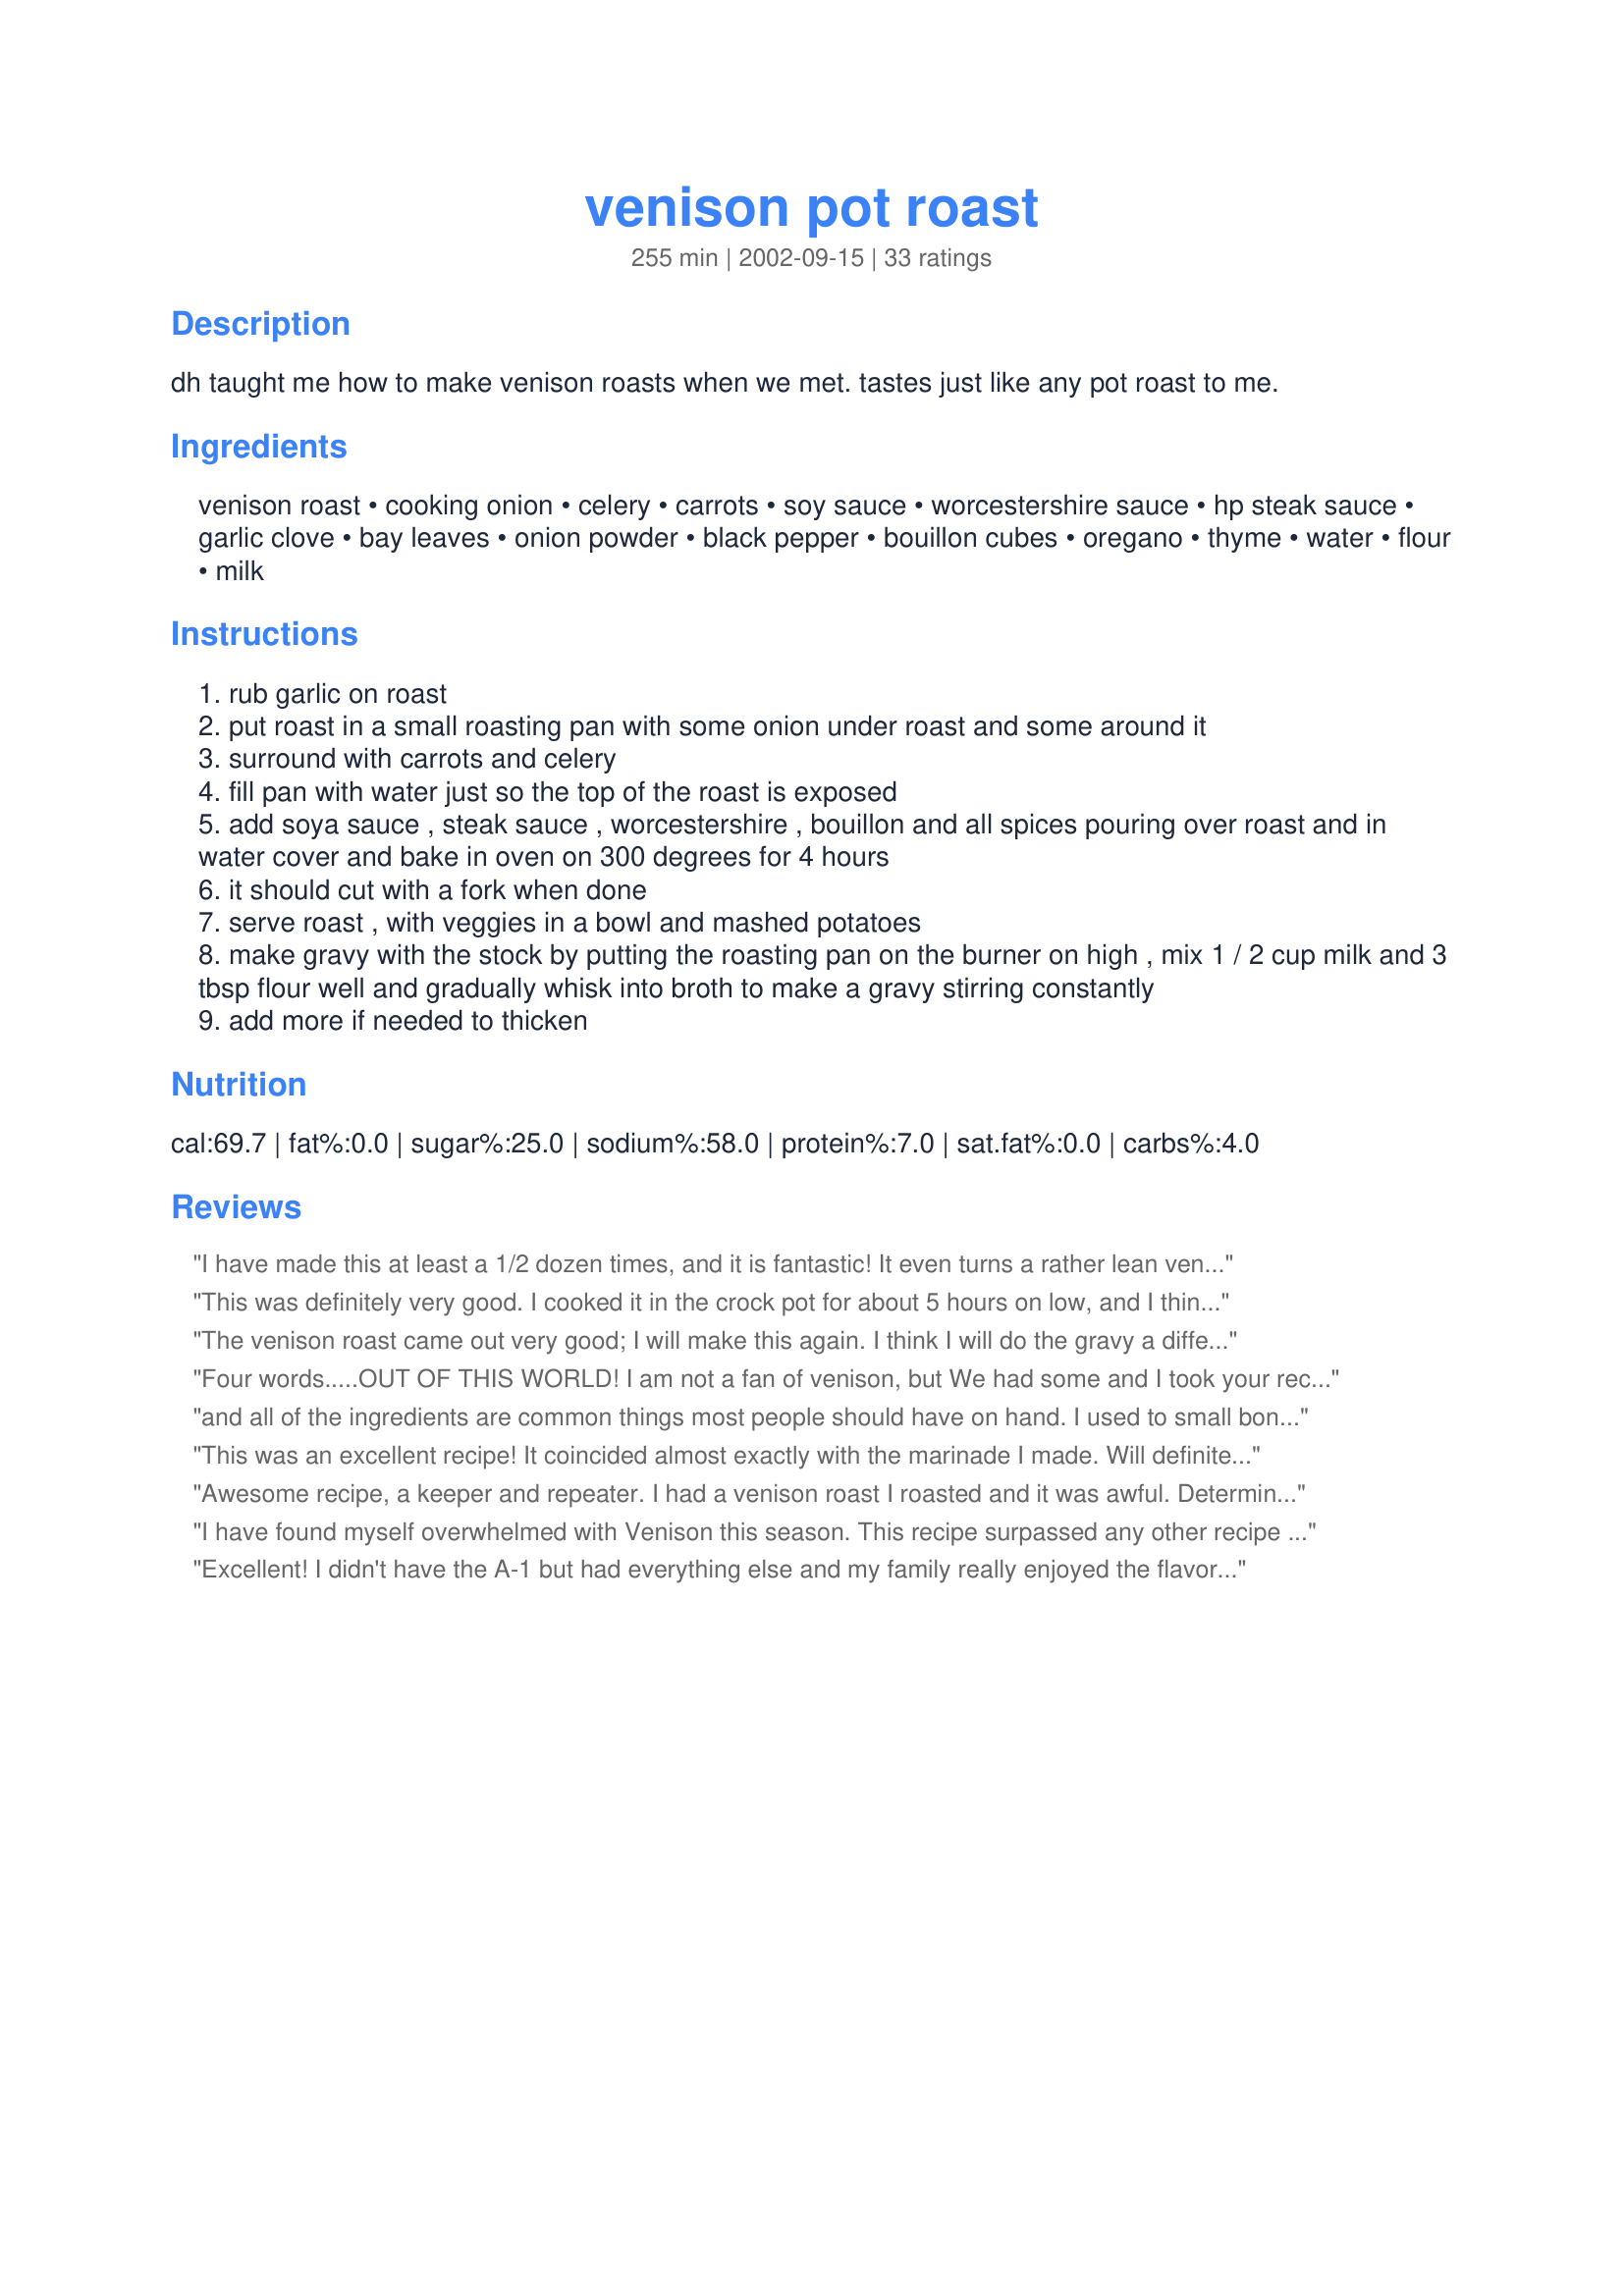
venison pot roast
Preparation time: 255 minutes

dh taught me how to make venison roasts when we met. tastes just like any pot roast to me.

Ingredients:
venison roast, cooking onion, celery, carrots, soy sauce, worcestershire sauce, hp steak sauce, garlic clove, bay leaves, onion powder, black pepper, bouillon cubes, oregano, thyme, water, flour, milk

Steps:
rub garlic on roast
put roast in a small roasting pan with some onion under roast and some around it
surround with carrots and celery
fill pan with water just so the top of the roast is exposed
add soya sauce , steak sauce , worcestershire , bouillon and all spices pouring over roast and in water cover and bake in oven on 300 degrees for 4 hours
it should cut with a fork when done
serve roast , with veggies in a bowl and mashed potatoes
make gravy with the stock by putting the roasting pan on the burner on high , mix 1 / 2 cup milk and 3 tbsp flour well and gradually whisk into broth to make a gravy stirring constantly
add more if needed to thicken

Reviews:
I have made this at least a 1/2 dozen times, and it is fantastic! It even turns a rather lean venison shoulder into a tender masterpiece. I usually put in large chunks of potatoes and a whole bag of baby carrots so that it is one pot meal. Thank you!!
This was definitely very good. I cooked it in the crock pot for about 5 hours on low, and I think that even less time would have been better. The gravy was very tasty also, although I ended up with a lot of broth, so I doubled the amount of milk and flour. Overall, just a great flavor.
The venison roast came out very good; I will make this again. I think I will do the gravy a different way next time though because I wasn't just crazy about the gravy. Very good though!


Four words.....OUT OF THIS WORLD! I am not a fan of venison, but We had some and I took your recipe and made it to the "T". The gravy was fantastic! All around just a wonderful dish. Thank you for sharing!!
and all of the ingredients are common things most people should have on hand. I used to small bone-in roasts instead of one. I followed the recipe almost exactly except I covered the meat only halfway instead of nearly all the way as instructed. It probably took me about 6 tablespoons of flour to get the gravy thick instead of one fourth cup. I served it with mashed potatoes and it was yummy!
This was an excellent recipe! It coincided almost exactly with the marinade I made. Will definitely use this again. Thanks!
Awesome recipe, a keeper and repeater. I had a venison roast I roasted and it was awful. Determined to save it I found this and wow! what a find. I made it gluten free using gluten free flour for the gravy and added extra carrots as suggested. My husband even said the celery was good and to add more next time. I didn't change a thing. I liked it even more as left overs for my dinner at work, my co workers all came to see what I was eating when I heated it up. I cooked mine in the crock pot on high, it took a long time but I just kept cooking it until it pulled apart easily. We made Bisquick gluten free biscuits to go along with it. Thanks for the save.
I have found myself overwhelmed with Venison this season. This recipe surpassed any other recipe I've tried. I used an entire shoulder and skipped the celery (family isn't a fan). The roast cooks tender enough that only a fork is needed!I made it for the family and couple of friends and I think half was eaten before it hit the table. No leftovers on this one!
Excellent! I didn't have the A-1 but had everything else and my family really enjoyed the flavor the juices imparted on the carrots and potatoes. Even my non carrot eating kids ate them all! We will be making this again. Oh and my husband made a gravy with the juices, some flour and milk and there was not a drop of that left either, lol.
OMGosh!!! I was again worried that I would mess it up but my partner said it was the BEST venison roast he has ever tasted, yippee. Thanks for the help!
Excellent Roast! Wonderful Flavor, and the gravy from the stock was terrific!
This venious roast came out very delicious. My family was yummmm thru this meal. Served it with garlic mash potatoes and warm rolls.Yes it's worth cooking again.
This recipe is phenomenal - my DH has just started hunting again and I have been struggling to find recipes (no one hunted in my family when I was little, and so had no experience). The whole family (including a picky 9 year old) gobbled it up. I also forwarded this to a friend of ours whose family considers venison to be a staple food - and he was amazed at how perfect it was. I followed the recipe exactly and wouldn't change a thing! It was simple to make, and the meat was mild yet flavourful. Great recipe!
Very good! This was a big hit at my house (venison always is!). The next night I made "pulled deer" with the leftovers. Worked out great.
This was great! (And that's from someone who usually avoids pot roast!) Lovely flavors; the A1 is a key flavor. Not wanting to deviate too much from how dh is accustomed to eating pot roast, I added potatoes, cut in 2 inch chunks. Also skipped making the gravy, as the au jus was wonderful. We didn't eat the celery or onions, as they were too mushy, but I wouldn't omit them; they make the gravy even richer. Dh says this is better than his mom's-and I just love to hear that! Thanks for a keeper!
My roast turned out tender and really moist for a venison roast. However, I believe the carrots and onions were the star of the plate. Could of made a meal of just them.<br/>I pot it in a small dutch oven to bake. I had to leave for about 1 1/2 hours. When I came home, the house smelt wonderful. I will make again
I made this in the crock pot with venison stew meat and it turned out wonderful! Made the gravy as directed with the juices. It cooked for 8 hours on low and the meat was super tender and had a wonderful taste! My picky son had two helpings!
Turned out really good. I used more garlic than called for, b/c I know that I tend to like more garlic. I also made the gravy w/half-n-half vs milk, to make it a little richer. Super convenient prep and good taste. A definite keeper.
A complete waste of 5 hours. First off, forget the celery, turns to mush and actually over powers all other ingredients. It even ruined the gravy.. Second, roast was a piece of rubber, in fact I had to throw it back in the crockpot to cook for how many more hours to see if it will become tender........I’m doubting it. The veggies are ok,,,,,,,taste like celery. Didn’t waste my baguette bread to soak up the un-awesomeness. Won’t ever do that again.
Excellent recipe - smelled terrific while it cooked. I didn't change a thing. Thanks for posting.
I made this last night for supper; this makes 4 adult size servings.
My husband, daughter and I loved it. The gravy was absolutely wonderful. I did substitute large-sized baby carrots for the 5; I'd say use as many as you can to fit into one side of the pan. You could skip the celery, (they shriveled up) and just add more large-sized baby carrots. I did use 1 tsp. of minced garlic to rub both sides of the roast. Tara, your
recipe deserves more than 5 stars.

I was looking for a way to cook a venison front leg and tried this recipe. It cooked all afternoon. It was very tender and delicious.
I didn't have HP sauce so left it out. We liked the celery but found the carrots quite mushy. Next time I will cut the veggies smaller and mash them into the gravy.
Being a new wife of an outdoorsman I was bound and determined to prepare his vension in a mouth watering fashion that he would brag to all his buds about and this recipe did it. easy and terrific!!
I've made this 3 times already! Hubby requests it again ASAP. I made it in the crock pot, 4-5 hours on high or 6-8 hours on low. We added extra carrots, subbed spicy BBQ sauce for the steak sauce, and subbed turkey broth and a fall harvest beer for the water/bouillon cubes. You'll want biscuits or hearty bread to soak up all the yumminess on the plate!
This is a wonderful venison roast recipe. It was easy to prepare, and the cooking time was exactly right. In addition to the recipe ingredients, we also rubbed fresh ground horseradish on the roast and threw in a cup of red wine. Delicious, not gamy, and very tender!
The best! I have made venison, beef and pork roast, they all came out great. The roast are always juicy.
This recipe was fantastic. The meat was so tender and the gravy was fanastic too! I added potatoes and they also turned out great! I used a beef roast instead of a venison roast and it was perfect! I made it in a large crockpot so I had to add a bit more water and flavoring! I can't wait to make it again!
Wow! Didn't have carrots; used potatoes; didn't have steak sauce (guess we have it in the UK, but I don't!). This was the BEST venison I have ever cooked! Thank you sooooo much!
Unbelievable, Amazing, Spectacular, Wonderful!! This bring venison to a whole new level.
This roast is spectacular! The flavors are so good and there is no "wild game" taste with this recipe. I cooked for the full 4 hours and the meat was fork tender, not dried out. I thought that almost covering the meat with water would make it lose some of the flavor, but it did not. It was delicious and made great gravy. Thank you!
This was really good! I had to change the recipe a bit as we just moved, and I couldn't find my roasting pan. Instead, I made this in my crock-pot. I was skeptical at first, but it was amazing! Because I cooked it in the crock-pot, I added more water to cover everything in the pot, and I cooked it for an extra hour. The extra water resulted in more stock for gravy. Mmmm! Thank you!
Wowser! My teenage daughter had 2 heaping platefuls - unheard of! I was out of worster sauce so the substitute book said to use steak sauce so I just added the extra HP. Will definitely try with other type roasts since we don't usually have deer in the freezer (this was roadkill that cost us a new van)
